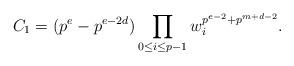
LaTeX: \begin{align*}C_{1}=(p^{e}-p^{e-2d})\prod_{\substack{0\leq i\leq p-1}}w_{i}^{p^{e-2}+p^{m+d-2}}.\end{align*}